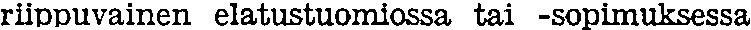
riippuvainen elatustuomiossa tai -sopimuksessa